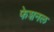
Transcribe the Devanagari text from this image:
फेशनल